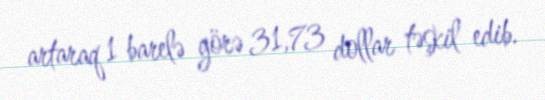
artaraq 1 barelə görə 31,73 dollar təşkil edib.